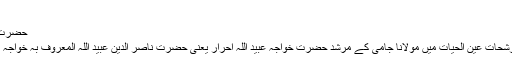
[33][34]
حضرت خواجہ عبید اللہ اَحرار[ترمیم]
ملا علی بن حسین کاشفی نے رشحات عین الحیات میں مولانا جامی کے مرشد حضرت خواجہ عبید اللہ احرار یعنی حضرت ناصر الدین عبید اللہ المعروف بہ خواجہ احرار کا مفصل تذکرہ کیا ہے۔